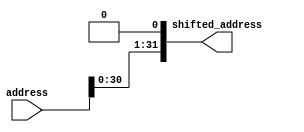
module shift_left(
output reg [31:0] shifted_address,
input [31:0] address);



and shift31(shifted_address[31], address[30], 1'b1);
and shift30(shifted_address[30], address[29], 1'b1);
and shift29(shifted_address[29], address[28], 1'b1);
and shift28(shifted_address[28], address[27], 1'b1);
and shift27(shifted_address[27], address[26], 1'b1);
and shift26(shifted_address[26], address[25], 1'b1);
and shift25(shifted_address[25], address[24], 1'b1);
and shift24(shifted_address[24], address[23], 1'b1);
and shift23(shifted_address[23], address[22], 1'b1);
and shift22(shifted_address[22], address[21], 1'b1);
and shift21(shifted_address[21], address[20], 1'b1);
and shift20(shifted_address[20], address[19], 1'b1);
and shift19(shifted_address[19], address[18], 1'b1);
and shift18(shifted_address[18], address[17], 1'b1);
and shift17(shifted_address[17], address[16], 1'b1);
and shift16(shifted_address[16], address[15], 1'b1);
and shift15(shifted_address[15], address[14], 1'b1);
and shift14(shifted_address[14], address[13], 1'b1);
and shift13(shifted_address[13], address[12], 1'b1);
and shift12(shifted_address[12], address[11], 1'b1);
and shift11(shifted_address[11], address[10], 1'b1);
and shift10(shifted_address[10], address[9], 1'b1);
and shift9(shifted_address[9], address[8], 1'b1);
and shift8(shifted_address[8], address[7], 1'b1);
and shift7(shifted_address[7], address[6], 1'b1);
and shift6(shifted_address[6], address[5], 1'b1);
and shift5(shifted_address[5], address[4], 1'b1);
and shift4(shifted_address[4], address[3], 1'b1);
and shift3(shifted_address[3], address[2], 1'b1);
and shift2(shifted_address[2], address[1], 1'b1);
and shift1(shifted_address[1], address[0], 1'b1);
and shift0(shifted_address[0], 1'b0, 1'b1);








endmodule